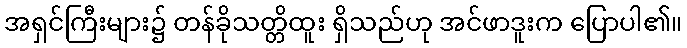
အရှင်ကြီးများ၌ တန်ခိုသတ္တိထူး ရှိသည်ဟု အင်ဖာဒူးက ပြောပါ၏။